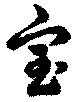
宝